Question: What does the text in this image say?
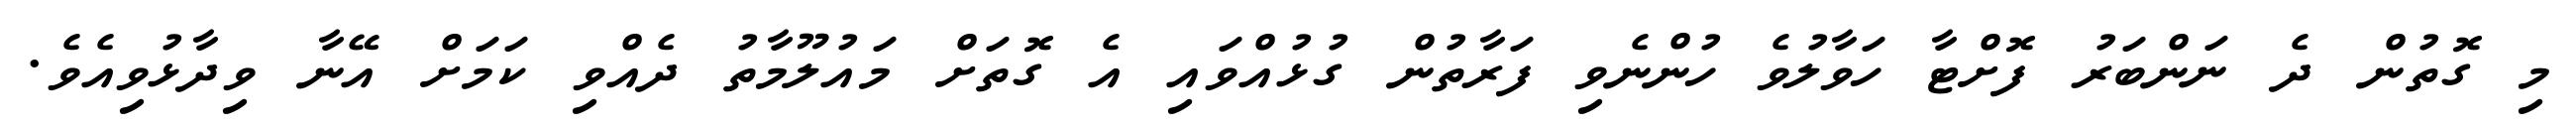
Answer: މި ގޮތުން ދެ ނަންބަރު ފޮށްޓާ ހަވާލުވެ ހުންނެވި ފަރާތުން ގުޅުއްވައި އެ ގޮތަށް މައުލޫމާތު ދެއްވި ކަމަށް އޭނާ ވިދާޅުވިއެވެ.